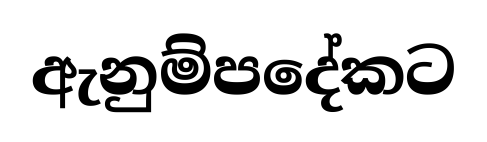
ඇනුම්පදේකට